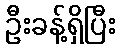
ဦးခန့်ရှိပြီး